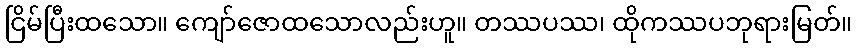
ငြိမ်ပြီးထသော။ ကျော်ဇောထသောလည်းဟူ။ တဿပဿ၊ ထိုကဿပဘုရားမြတ်။